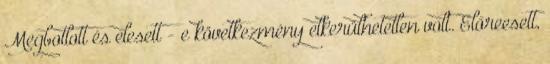
Megbotlott és elesett - e következmény elkerülhetetlen volt. Előreesett,